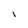
Character: l